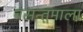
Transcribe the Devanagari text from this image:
बसन्तमाला